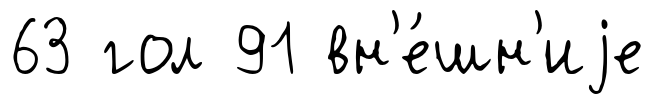
63 гол 91 вн'е́шн'иjе